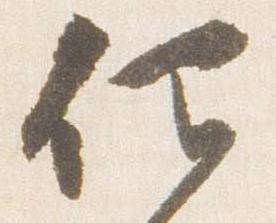
仰